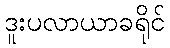
ဒူးပလာယာခရိုင်